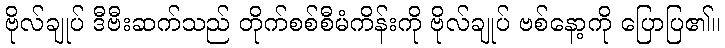
ဗိုလ်ချုပ် ဒီဗီးဆက်သည် တိုက်စစ်စီမံကိန်းကို ဗိုလ်ချုပ် ဗစ်နော့ကို ပြောပြ၏။